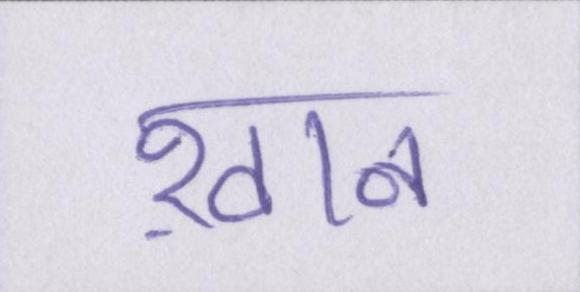
ख़ान